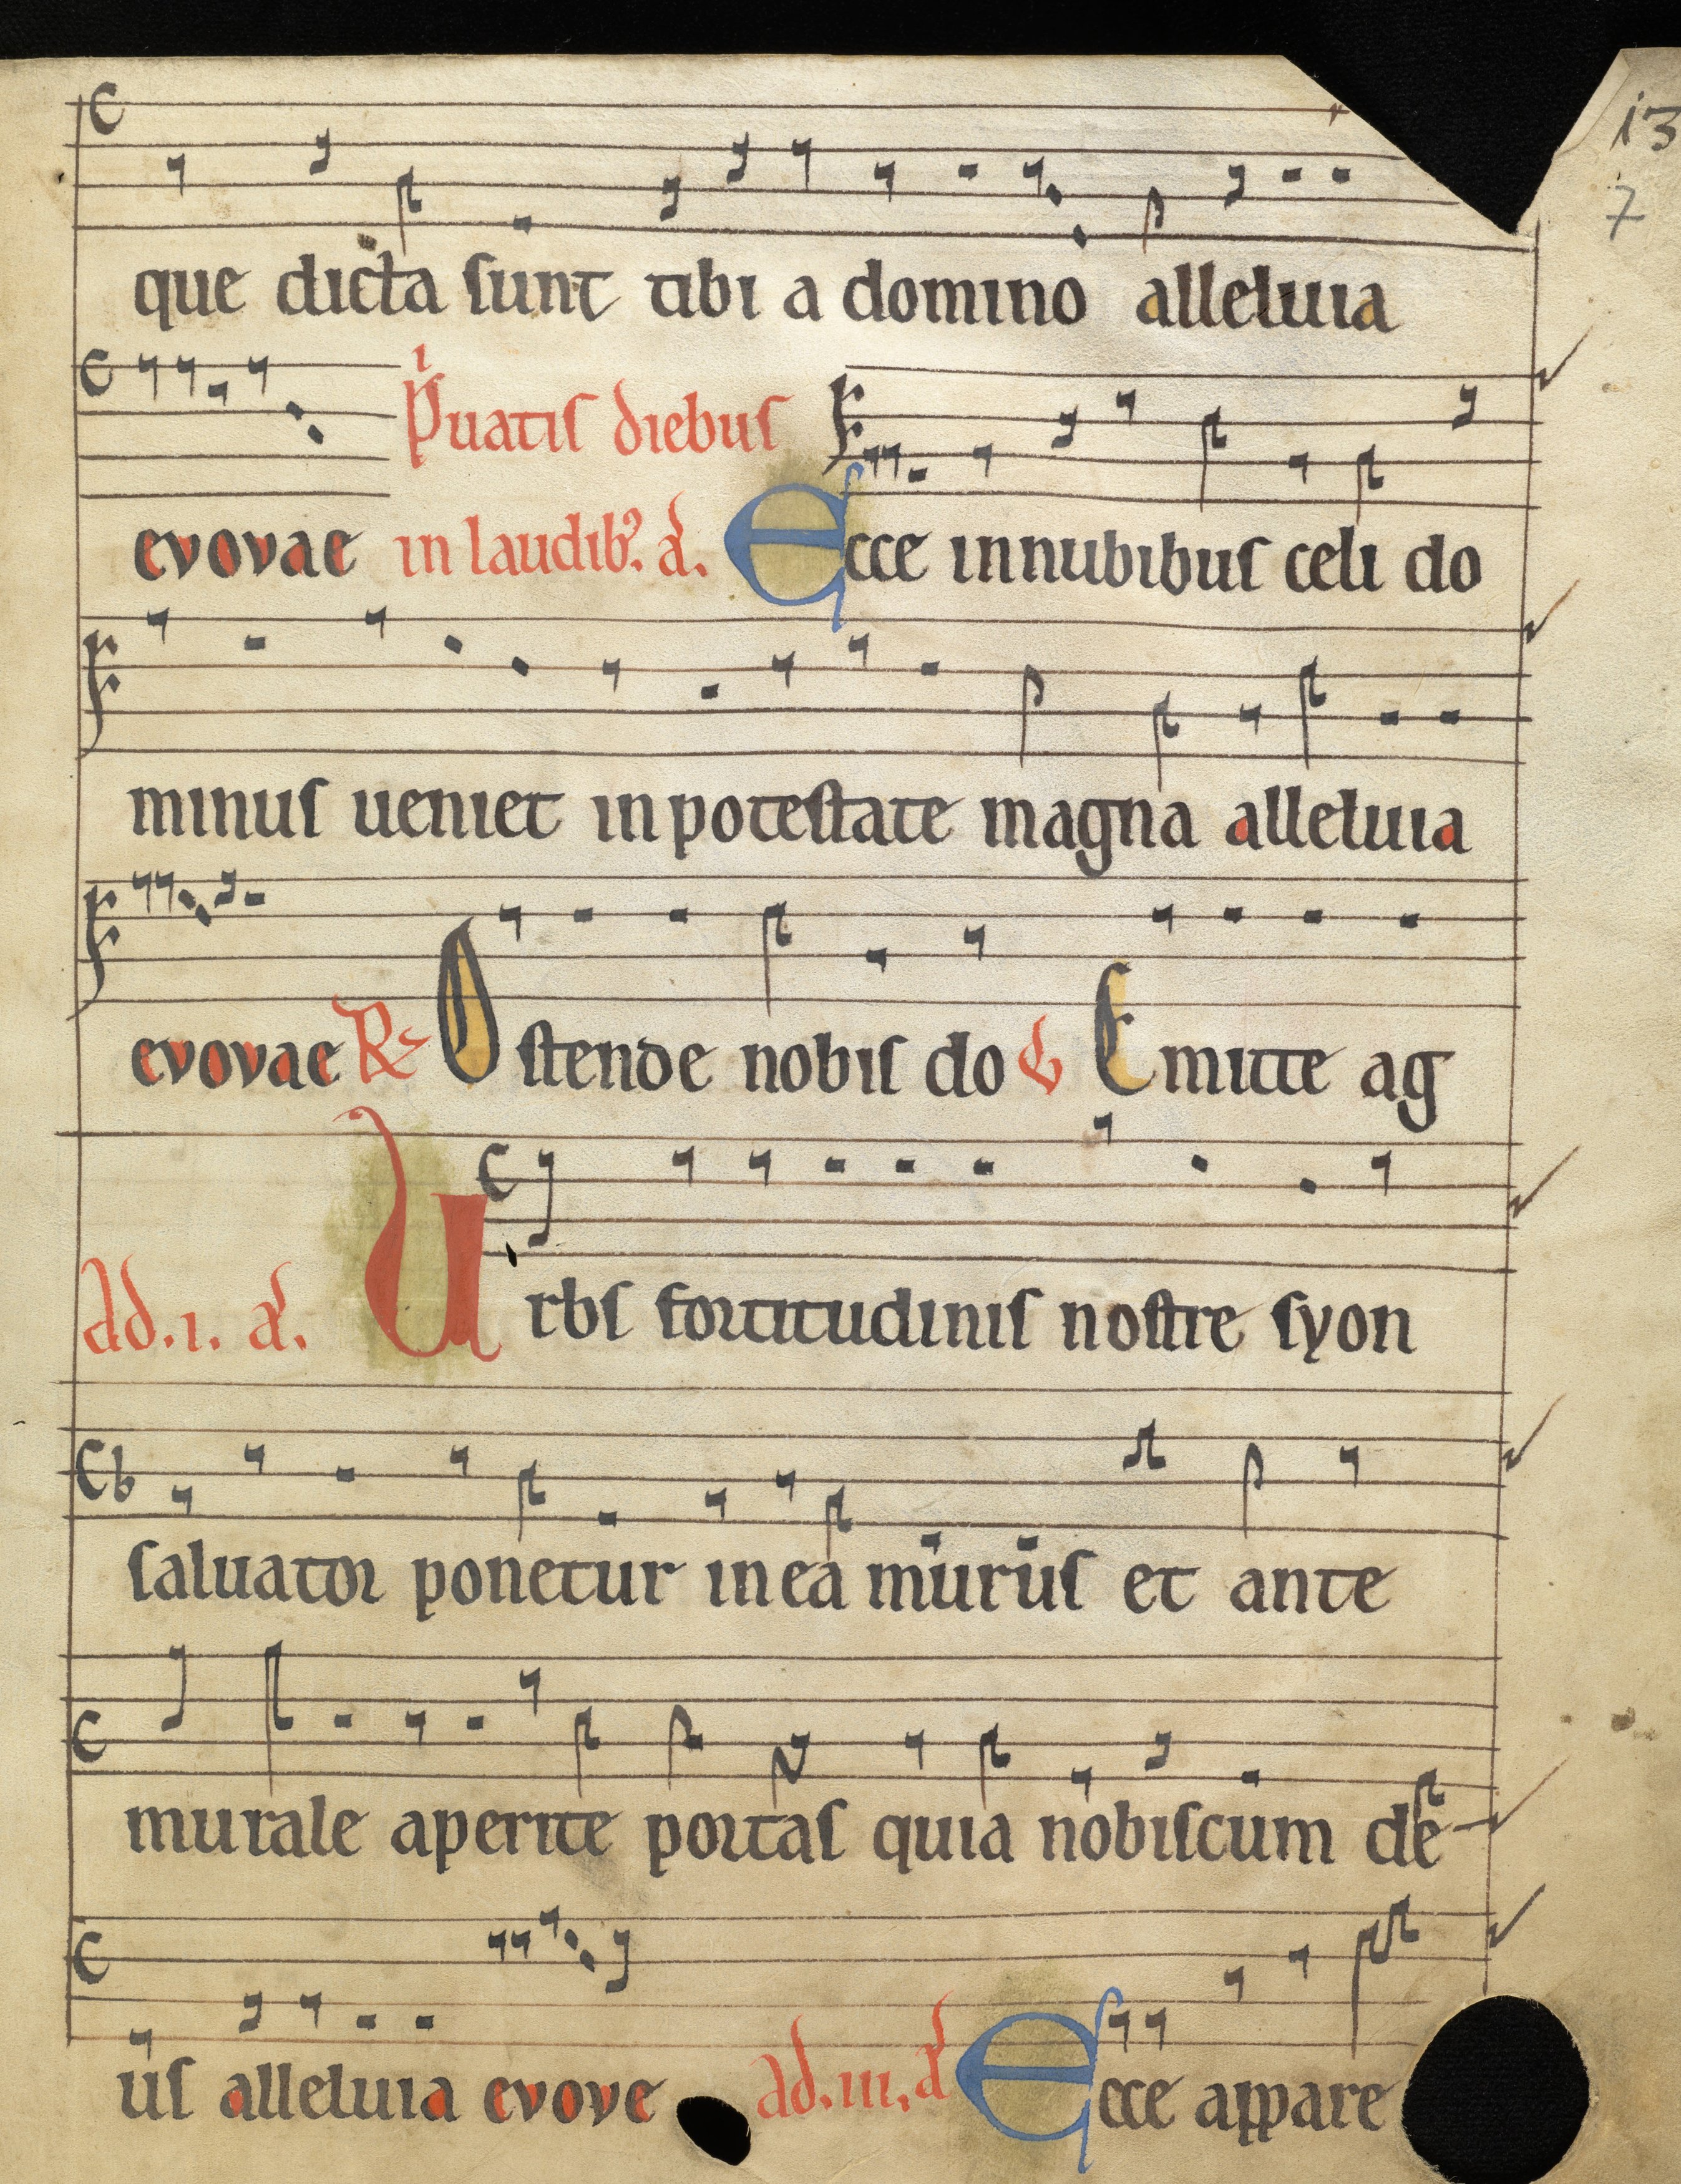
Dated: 1185–1215